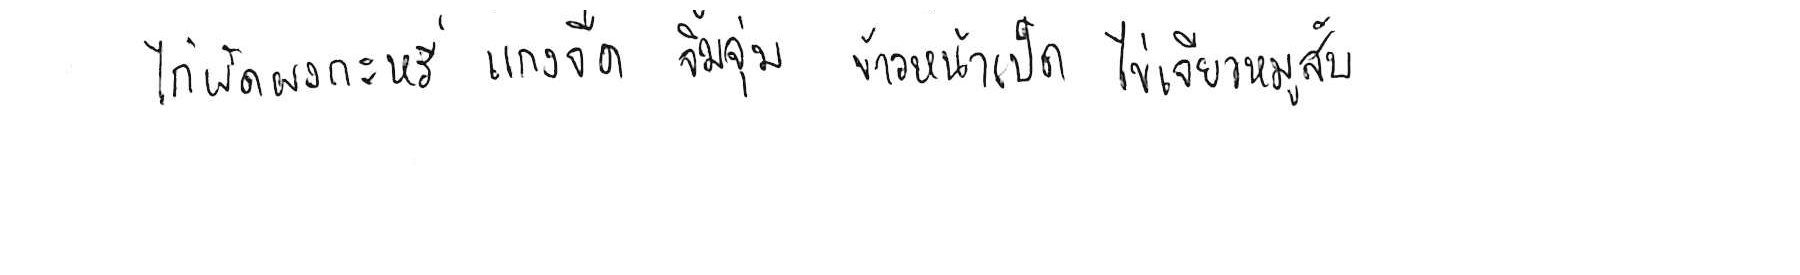
ไก่ผัดผงกะหรี่ แกงจืด จิ้มจุ่ม ข้าวหน้าเป็ด ไข่เจียวหมูสับ